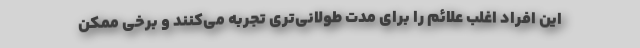
این افراد اغلب علائم را برای مدت طولانی‌تری تجربه می‌کنند و برخی ممکن